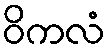
ဝိကလံ